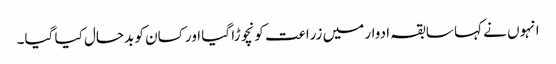
انہوں نے کہا سابقہ ادوار میں زراعت کو نچوڑا گیا اور کسان کو بدحال کیا گیا۔